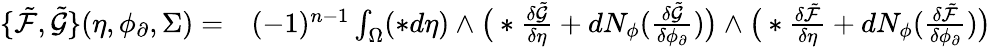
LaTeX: \begin{array}{rl}{\{ \tilde{\mathcal{F}},\tilde{\mathcal{G}}\} (\eta,\phi_{\partial},\Sigma)=}&{{}(-1)^{n-1}\int_{\Omega}(\ast d\eta)\wedge\big(\ast\frac{\delta\tilde{\mathcal{G}}}{\delta\eta}+dN_{\phi}(\frac{\delta\tilde{\mathcal{G}}}{\delta\phi_{\partial}})\big)\wedge\big(\ast\frac{\delta\tilde{\mathcal{F}}}{\delta\eta}+dN_{\phi}(\frac{\delta\tilde{\mathcal{F}}}{\delta\phi_{\partial}})\big)}\end{array}